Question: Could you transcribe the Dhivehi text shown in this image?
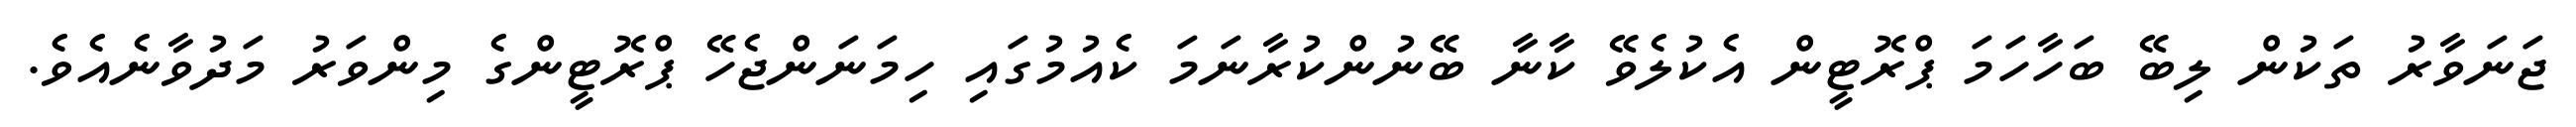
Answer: ޖަނަވާރު ތަކުން ލިބޭ ބަހާހަމަ ޕްރޮޓީން އެކުލެވޭ ކާނާ ބޭނުންކުރާނަމަ ކެއުމުގައި ހިމަނަންޖެހޭ ޕްރޮޓީންގެ މިންވަރު މަދުވާނެއެވެ.